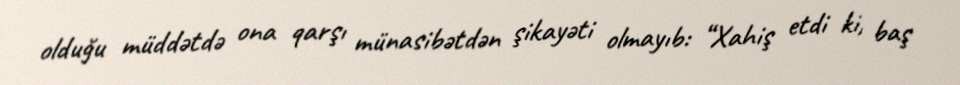
olduğu müddətdə ona qarşı münasibətdən şikayəti olmayıb: “Xahiş etdi ki, baş